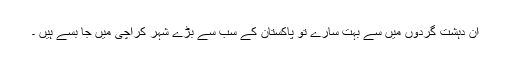
ان دہشت گردوں میں سے بہت سارے تو پاکستان کے سب سے بڑے شہر کراچی میں جا بسے ہیں ۔